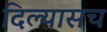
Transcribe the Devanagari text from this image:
दिल्यासच